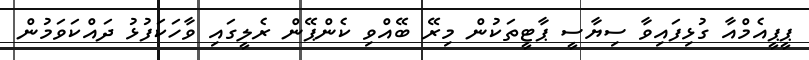
ޕީޕީއެމްއާ ގުޅިފައިވާ ސިޔާސީ ޕާޓީތަކުން މިރޭ ބޭއްވި ކެންޕޭން ރެލީގައި ވާހަކަފުޅު ދައްކަވަމުން